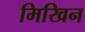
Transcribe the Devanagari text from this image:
मिखिन